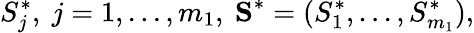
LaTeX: S_{j}^{*},\ j=1,...,m_{1},\ \textbf{S}^{*}=(S_{1}^{*},...,S_{m_{1}}^{*}),